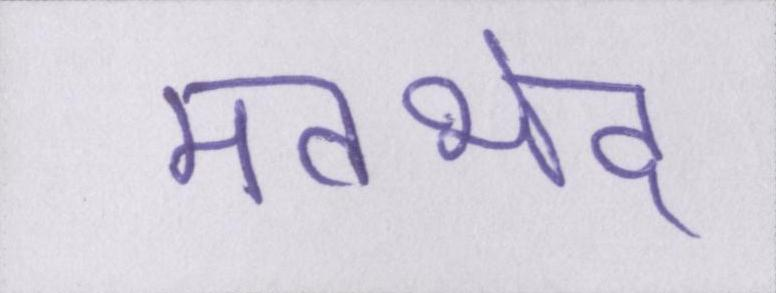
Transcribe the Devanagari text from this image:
मतभेद